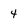
Character: 4